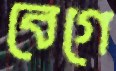
বেগে